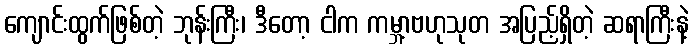
ကျောင်းထွက်ဖြစ်တဲ့ ဘုန်းကြီး၊ ဒီတော့ ငါက ကမ္ဘာ့ဗဟုသုတ အပြည့်ရှိတဲ့ ဆရာကြီးနဲ့